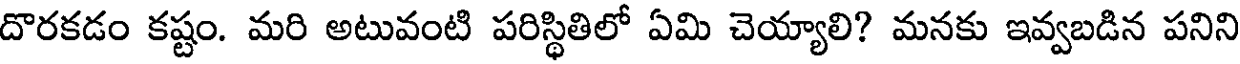
దొరకడం కష్టం. మరి అటువంటి పరిస్థితిలో ఏమి చెయ్యాలి? మనకు ఇవ్వబడిన పనిని